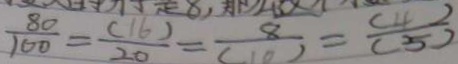
\frac { 8 0 } { 1 0 0 } = \frac { ( 1 6 ) } { 2 0 } = \frac { 8 } { ( 1 0 ) } = \frac { ( 4 ) } { ( 5 ) }